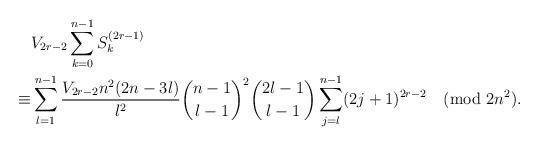
LaTeX: \begin{align*}&V_{2r-2}\sum_{k=0}^{n-1}S_k^{(2r-1)}\\\equiv &\sum_{l=1}^{n-1}\frac{V_{2r-2}n^2(2n-3l)}{l^2}\binom{n-1}{l-1}^2\binom{2l-1}{l-1}\sum_{j=l}^{n-1}(2j+1)^{2r-2}\pmod{2n^2}.\end{align*}